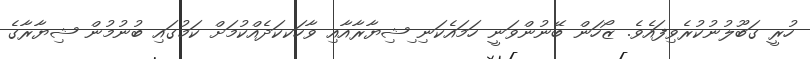
ހުރީ ގަބޫލުނުކުރެވިފައެވެ. ޒޯހަން ބޭނުންވަނީ ހަމައެކަނި ިޝިޔާރާއާއި ވާހަކކަދެއްކުމަށް ކަމުގައި ބުނުމުން ޝިޔާރާގެ